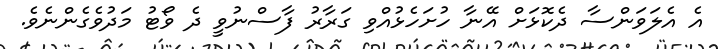
އެ އެލަވަންސާ ދެކޮޅަށް އޭނާ ހުށަހެޅުއްވި ގަރާރު ފާސްނުވީ ދެ ވޯޓު މަދުވެގެންނެވެ.